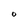
Character: O